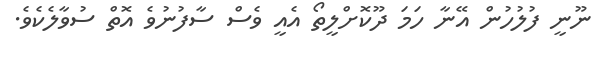
ނޫނީ ފުލުހުން އޭނާ ހަމަ ދޫކޮށްލީތޯ އެއީ ވެސް ސާފުނުވެ އޮތް ސުވާލެކެވެ.